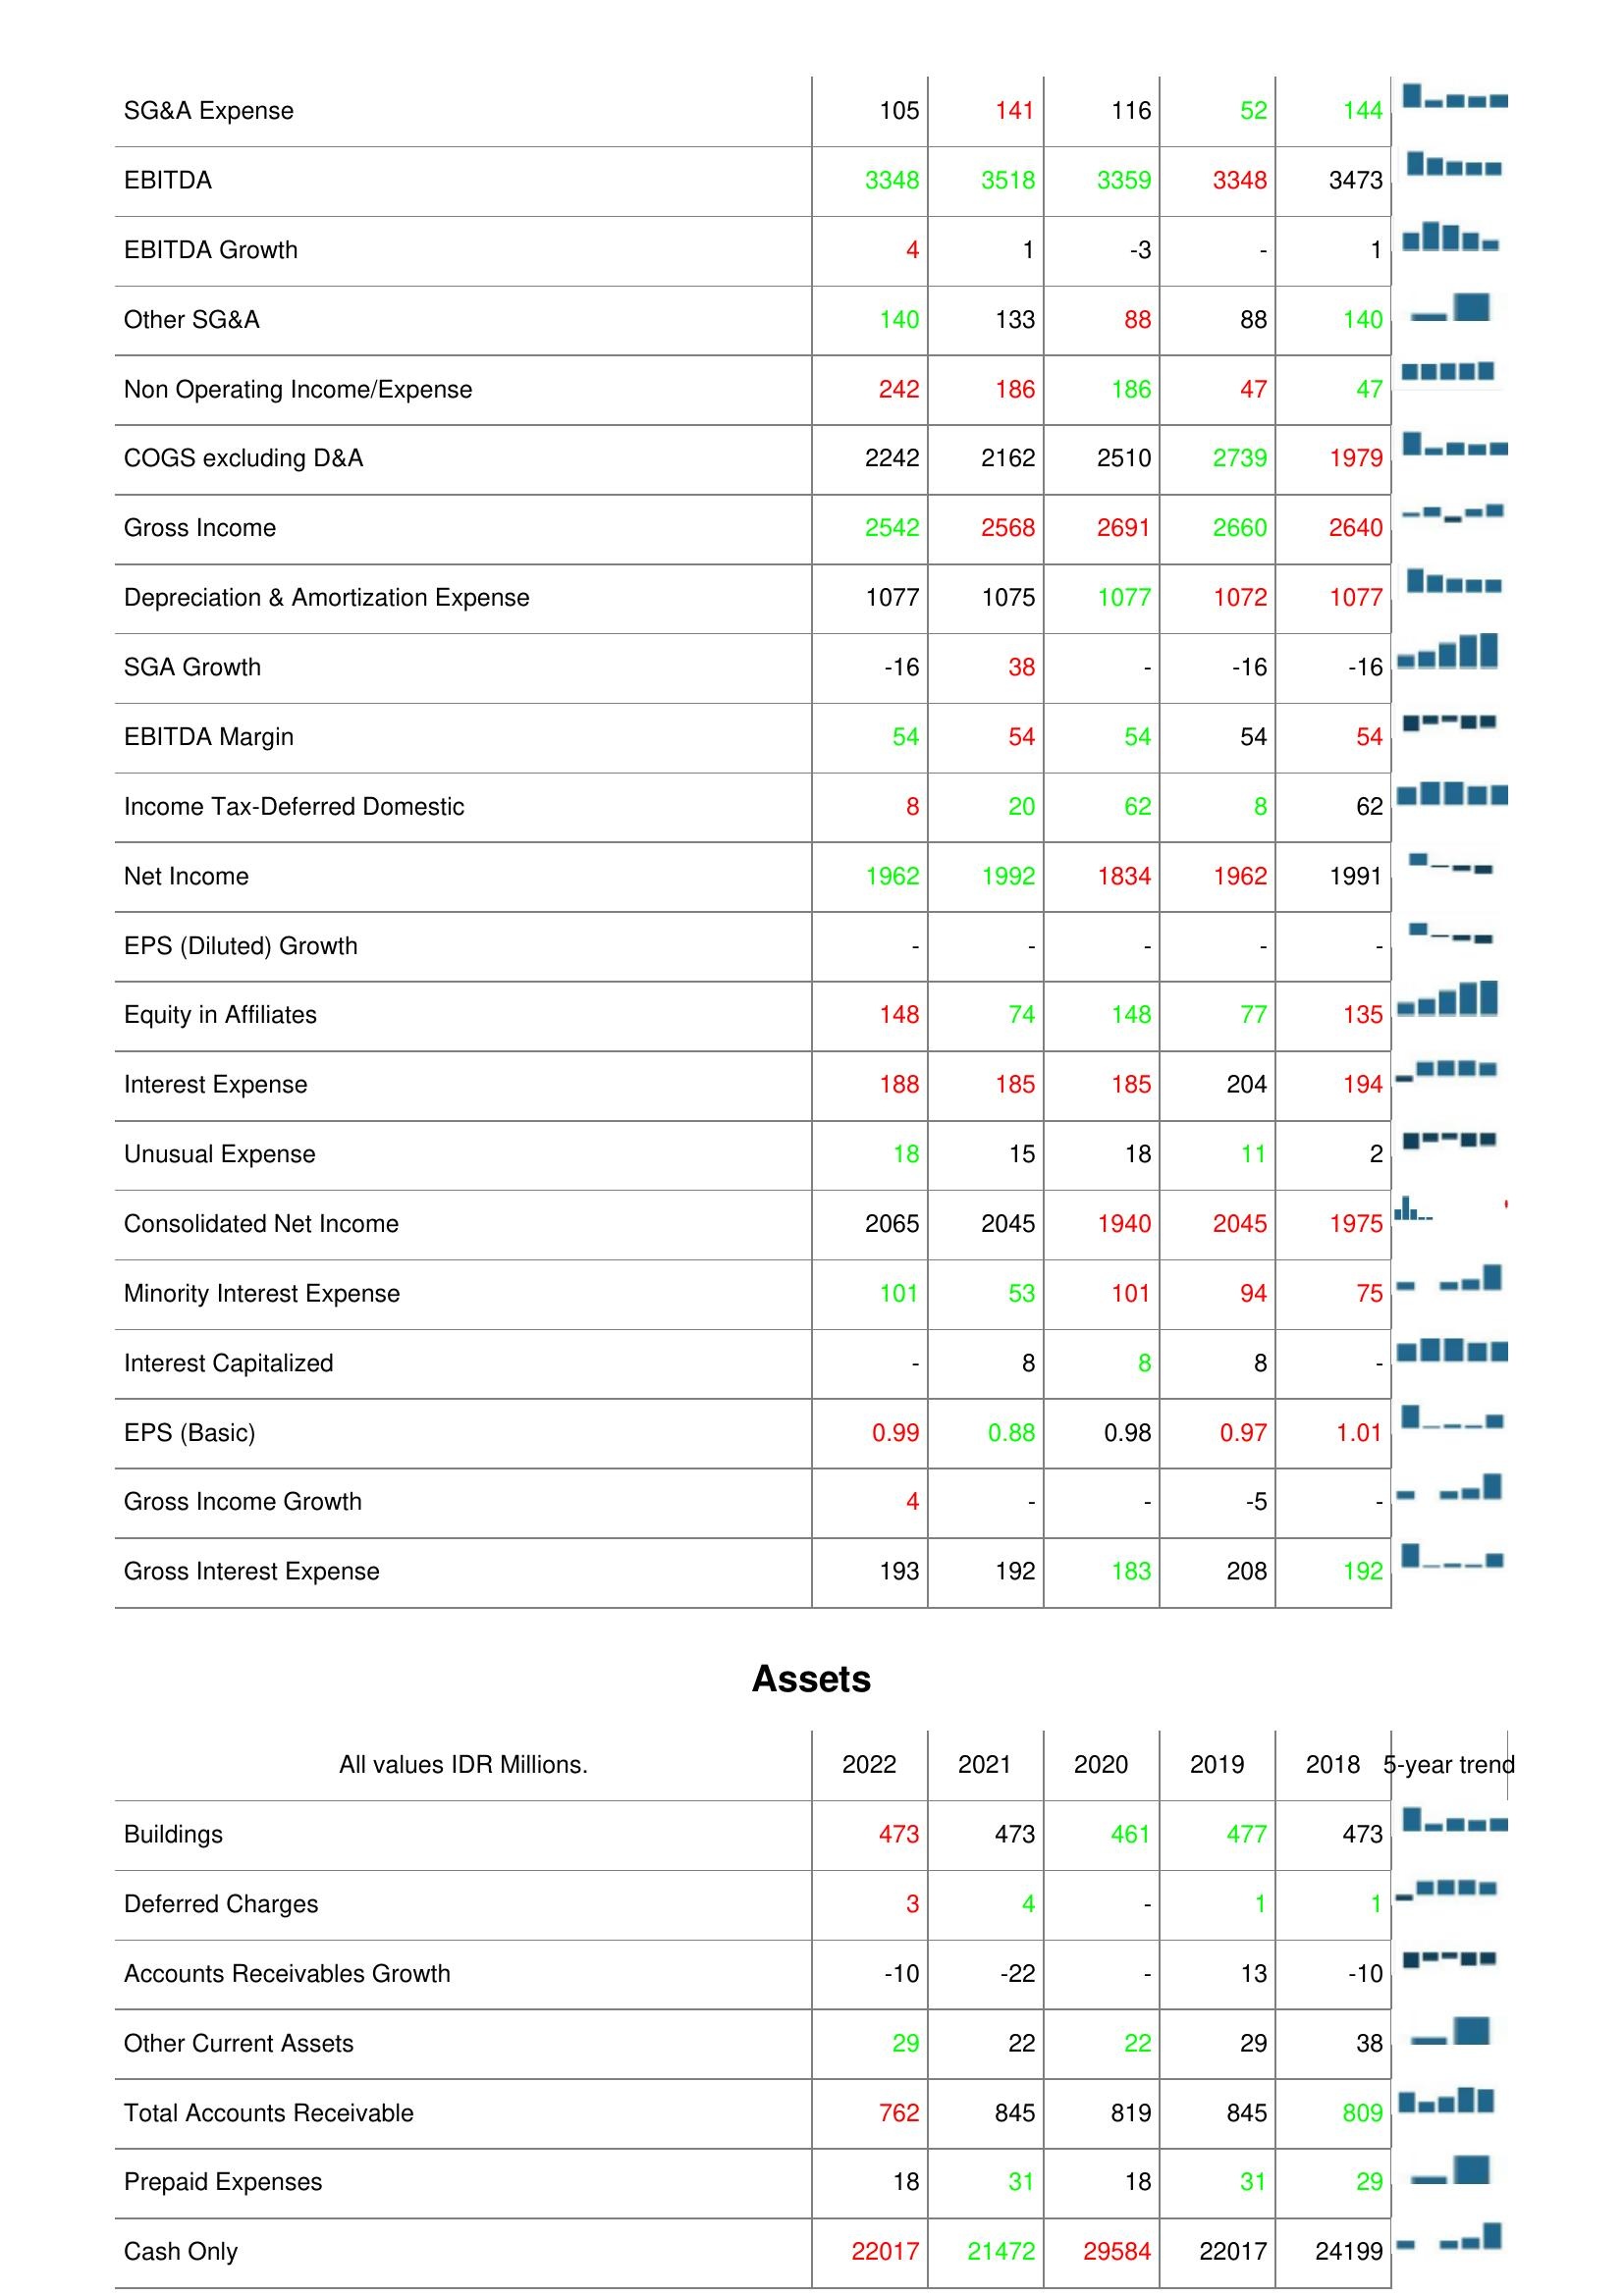
2022: : SG&A Expense: 105
EBITDA: 3348
EBITDA Growth: 4
Other SG&A: 140
Non Operating Income/Expense: 242
COGS excluding D&A: 2242
Gross Income: 2542
Depreciation & Amortization Expense: 1077
SGA Growth: -16
EBITDA Margin: 54
Income Tax-Deferred Domestic: 8
Net Income: 1962
EPS (Diluted) Growth: -
Equity in Affiliates: 148
Interest Expense: 188
Unusual Expense: 18
Consolidated Net Income: 2065
Minority Interest Expense: 101
Interest Capitalized: -
EPS (Basic): 0.99
Gross Income Growth: 4
Gross Interest Expense: 193
Assets: Buildings: 473
Deferred Charges: 3
Accounts Receivables Growth: -10
Other Current Assets: 29
Total Accounts Receivable: 762
Prepaid Expenses: 18
Cash Only: 22017
2021: : SG&A Expense: 141
EBITDA: 3518
EBITDA Growth: 1
Other SG&A: 133
Non Operating Income/Expense: 186
COGS excluding D&A: 2162
Gross Income: 2568
Depreciation & Amortization Expense: 1075
SGA Growth: 38
EBITDA Margin: 54
Income Tax-Deferred Domestic: 20
Net Income: 1992
EPS (Diluted) Growth: -
Equity in Affiliates: 74
Interest Expense: 185
Unusual Expense: 15
Consolidated Net Income: 2045
Minority Interest Expense: 53
Interest Capitalized: 8
EPS (Basic): 0.88
Gross Income Growth: -
Gross Interest Expense: 192
Assets: Buildings: 473
Deferred Charges: 4
Accounts Receivables Growth: -22
Other Current Assets: 22
Total Accounts Receivable: 845
Prepaid Expenses: 31
Cash Only: 21472
2020: : SG&A Expense: 116
EBITDA: 3359
EBITDA Growth: -3
Other SG&A: 88
Non Operating Income/Expense: 186
COGS excluding D&A: 2510
Gross Income: 2691
Depreciation & Amortization Expense: 1077
SGA Growth: -
EBITDA Margin: 54
Income Tax-Deferred Domestic: 62
Net Income: 1834
EPS (Diluted) Growth: -
Equity in Affiliates: 148
Interest Expense: 185
Unusual Expense: 18
Consolidated Net Income: 1940
Minority Interest Expense: 101
Interest Capitalized: 8
EPS (Basic): 0.98
Gross Income Growth: -
Gross Interest Expense: 183
Assets: Buildings: 461
Deferred Charges: -
Accounts Receivables Growth: -
Other Current Assets: 22
Total Accounts Receivable: 819
Prepaid Expenses: 18
Cash Only: 29584
2019: : SG&A Expense: 52
EBITDA: 3348
EBITDA Growth: -
Other SG&A: 88
Non Operating Income/Expense: 47
COGS excluding D&A: 2739
Gross Income: 2660
Depreciation & Amortization Expense: 1072
SGA Growth: -16
EBITDA Margin: 54
Income Tax-Deferred Domestic: 8
Net Income: 1962
EPS (Diluted) Growth: -
Equity in Affiliates: 77
Interest Expense: 204
Unusual Expense: 11
Consolidated Net Income: 2045
Minority Interest Expense: 94
Interest Capitalized: 8
EPS (Basic): 0.97
Gross Income Growth: -5
Gross Interest Expense: 208
Assets: Buildings: 477
Deferred Charges: 1
Accounts Receivables Growth: 13
Other Current Assets: 29
Total Accounts Receivable: 845
Prepaid Expenses: 31
Cash Only: 22017
2018: : SG&A Expense: 144
EBITDA: 3473
EBITDA Growth: 1
Other SG&A: 140
Non Operating Income/Expense: 47
COGS excluding D&A: 1979
Gross Income: 2640
Depreciation & Amortization Expense: 1077
SGA Growth: -16
EBITDA Margin: 54
Income Tax-Deferred Domestic: 62
Net Income: 1991
EPS (Diluted) Growth: -
Equity in Affiliates: 135
Interest Expense: 194
Unusual Expense: 2
Consolidated Net Income: 1975
Minority Interest Expense: 75
Interest Capitalized: -
EPS (Basic): 1.01
Gross Income Growth: -
Gross Interest Expense: 192
Assets: Buildings: 473
Deferred Charges: 1
Accounts Receivables Growth: -10
Other Current Assets: 38
Total Accounts Receivable: 809
Prepaid Expenses: 29
Cash Only: 24199